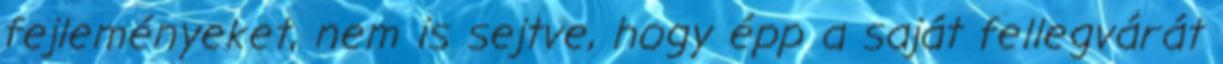
fejleményeket, nem is sejtve, hogy épp a saját fellegvárát